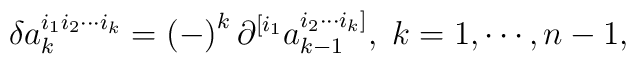
\delta a_{k}^{i_{1}i_{2}\cdots i_{k}}=\left( -\right) ^{k}\partial^{[i_{1}}a_{k-1}^{i_{2}\cdots i_{k}]},\;k=1,\cdots ,n-1,